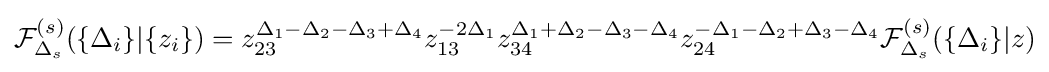
{\mathcal {F}}_{\Delta _{s}}^{(s)}(\{\Delta _{i}\}|\{z_{i}\})=z_{23}^{\Delta _{1}-\Delta _{2}-\Delta _{3}+\Delta _{4}}z_{13}^{-2\Delta _{1}}z_{34}^{\Delta _{1}+\Delta _{2}-\Delta _{3}-\Delta _{4}}z_{24}^{-\Delta _{1}-\Delta _{2}+\Delta _{3}-\Delta _{4}}{\mathcal {F}}_{\Delta _{s}}^{(s)}(\{\Delta _{i}\}|z)